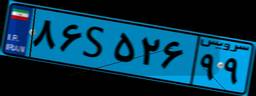
۸۶S۵۲۶۹۹